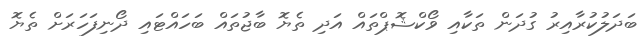
ބަދަލުކުރާއިރު ގުދަން ތަކާއި ވޯކްޝޮޕްތައް އަދި ތެޔޮ ބާޖުތައް ބަހައްޓައި ދޯނިފަހަރަށް ތެޔޮ